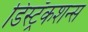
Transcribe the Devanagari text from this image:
डिस्ट्रॅकशन्स